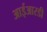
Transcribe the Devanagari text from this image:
आईआरडी